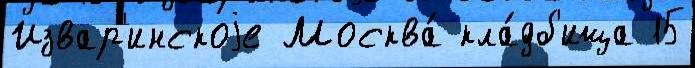
Извар'инскоjе Москва́ кла́дб'ища 15